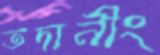
তদানীং